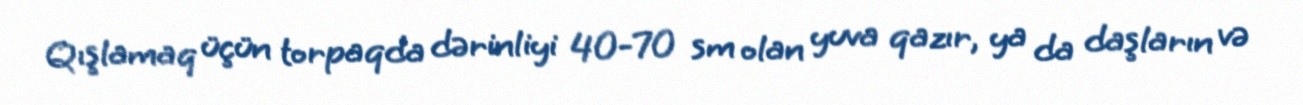
Qışlamaq üçün torpaqda dərinliyi 40-70 sm olan yuva qazır, ya da daşların və